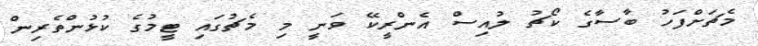
މެޗަށްފަހު ބާސާގެ ކޯޗު ލުއިސް އެންރީކޭ ވަނީ މި މެޗުގައި ޓީމުގެ ކުޅުންތެރިން